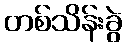
တစ်သိန်းခွဲ